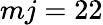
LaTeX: mj=22